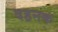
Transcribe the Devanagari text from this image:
दहनक